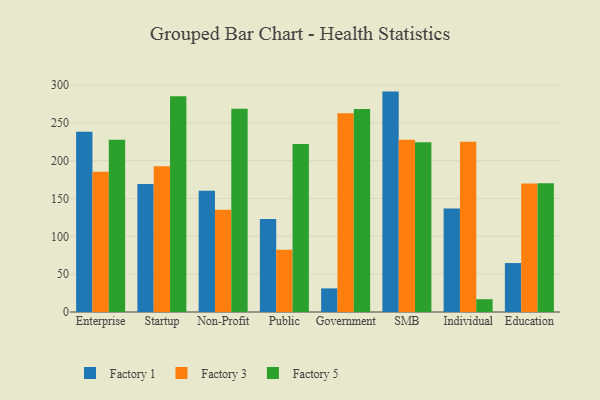
{"axis": {"x": "Segment", "y": "Satisfaction Score"}, "legend": ["Factory 1", "Factory 3", "Factory 5"], "data": [{"x": "Enterprise", "y": 238.3, "type": "Factory 1"}, {"x": "Enterprise", "y": 185.3, "type": "Factory 3"}, {"x": "Enterprise", "y": 227.6, "type": "Factory 5"}, {"x": "Startup", "y": 169.1, "type": "Factory 1"}, {"x": "Startup", "y": 192.8, "type": "Factory 3"}, {"x": "Startup", "y": 285.3, "type": "Factory 5"}, {"x": "Non-Profit", "y": 160.2, "type": "Factory 1"}, {"x": "Non-Profit", "y": 135.0, "type": "Factory 3"}, {"x": "Non-Profit", "y": 268.7, "type": "Factory 5"}, {"x": "Public", "y": 123.0, "type": "Factory 1"}, {"x": "Public", "y": 82.3, "type": "Factory 3"}, {"x": "Public", "y": 222.1, "type": "Factory 5"}, {"x": "Government", "y": 31.2, "type": "Factory 1"}, {"x": "Government", "y": 262.7, "type": "Factory 3"}, {"x": "Government", "y": 268.3, "type": "Factory 5"}, {"x": "SMB", "y": 291.3, "type": "Factory 1"}, {"x": "SMB", "y": 227.6, "type": "Factory 3"}, {"x": "SMB", "y": 224.5, "type": "Factory 5"}, {"x": "Individual", "y": 136.7, "type": "Factory 1"}, {"x": "Individual", "y": 225.0, "type": "Factory 3"}, {"x": "Individual", "y": 16.9, "type": "Factory 5"}, {"x": "Education", "y": 64.7, "type": "Factory 1"}, {"x": "Education", "y": 169.7, "type": "Factory 3"}, {"x": "Education", "y": 170.3, "type": "Factory 5"}]}